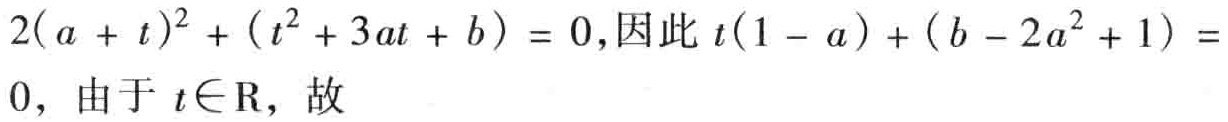
\(2(a + t)^{2}+(t^{2}+3at + b)=0,因此t(1 - a)+(b - 2a^{2}+1)=0，由于t\in\mathrm{R}，故\)